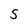
Character: S